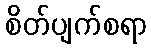
စိတ်ပျက်စရာ